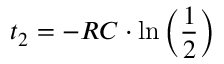
t _ { 2 } = - R C \cdot \ln \left( \frac { 1 } { 2 } \right)